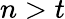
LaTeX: n>t